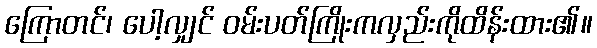
ကြောတင်၊ ပေါ့လျှင် ဝမ်းပတ်ကြိုးကလှည်းကိုထိန်းထား၏။